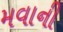
મવાની